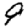
Digit: 9